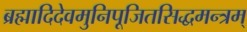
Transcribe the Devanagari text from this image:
ब्रह्मादिदेवमुनिपूजितसिद्धमन्त्रम्